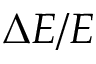
\Delta E / E